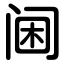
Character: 阃